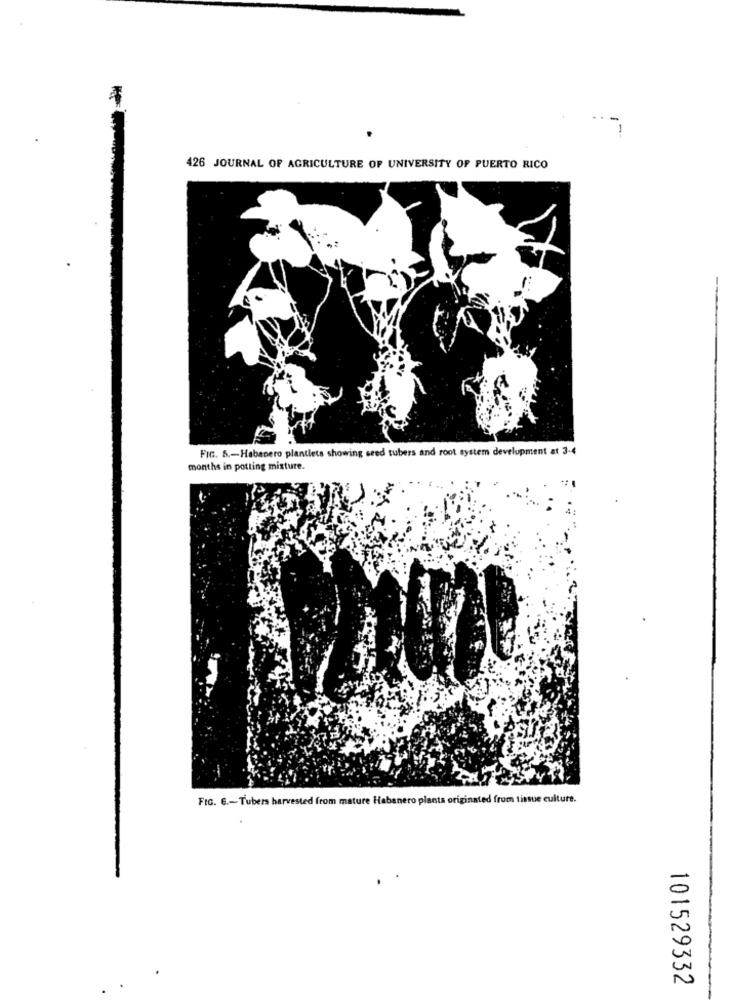
-
426 JOURNAL OF AGRICULTURE OF UNIVERSITY OF PUERTO RICO
FIG. 5 .- Habanero plantlets showing seed tubers and root system development at 3-4
months in potting mixture.
FIG. 6 .- Tubers harvested from mature Habanero plants originated from tissue culture.
101529332